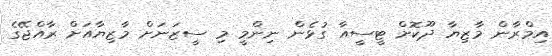
އިމްރާން މާޒިޔާ ދޫކޮށް ޓީސީއާ ގުޅެން ނިންމީ މި ސީޒަނަށް މާޒިޔާއަށް ރާއްޖޭގެ